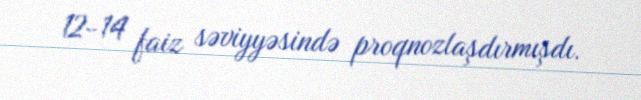
12-14 faiz səviyyəsində proqnozlaşdırmışdı.